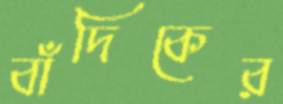
বাঁদিকের